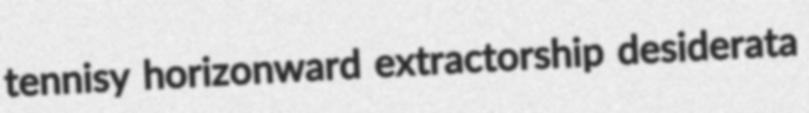
tennisy horizonward extractorship desiderata